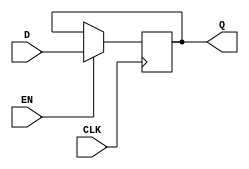
module gated_d_latch(
  input D,
  input CLK,
  input EN,
  output reg Q
);

always @(posedge CLK) begin
  if (EN == 0) begin
    Q <= Q;
  end else begin
    Q <= D;
  end
end

endmodule